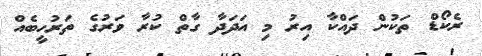
ރެކޯޑް ތަކުން ދައްކާ އިރު މި އަދަދާ ގާތް ކުރާ ވަރުގެ ތަރުހީބެއް